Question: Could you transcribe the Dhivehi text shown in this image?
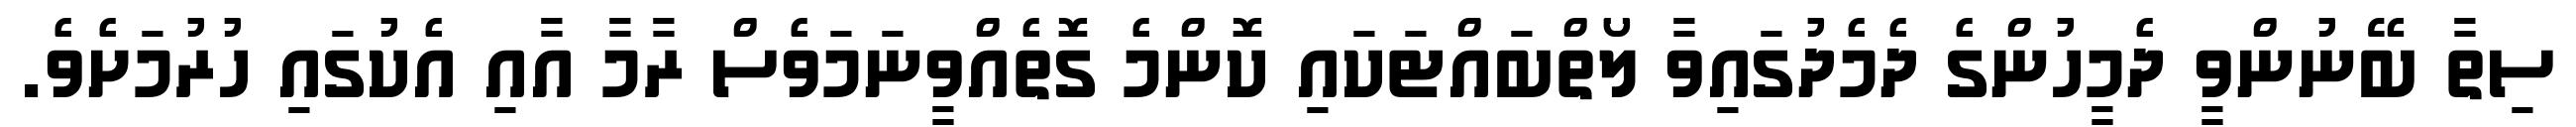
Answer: ސިތާ ބޭނުންވީ ދެމީހުންގެ ދެމެދުގައިވާ ލޯތްބައްޓަކައި ކޮންމެ ގޮތެއްވީނަމަވެސް ރާމާ އާއި އެކުގައި ހުރުމަށެވެ.